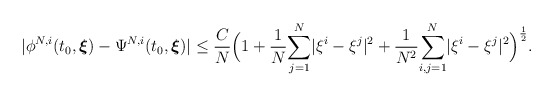
\begin{align*} |\phi^{N,i}(t_0,\boldsymbol{\xi})-\Psi^{N,i}(t_0,\boldsymbol{\xi})|\leq\frac{C}{N}\Big(1+\frac{1}{N}\underset{j=1}{\overset{N}\sum}|\xi^{i}-\xi^{j}|^2+\frac{1}{N^2}\underset{i,j=1}{\overset{N}{\sum}}|\xi^{i}-\xi^{j}|^2\Big)^{\frac{1}{2}}.\end{align*}